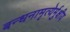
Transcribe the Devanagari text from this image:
बन्धनामृत्येर्मुक्षीय